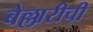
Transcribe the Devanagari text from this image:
बेल्लारीची